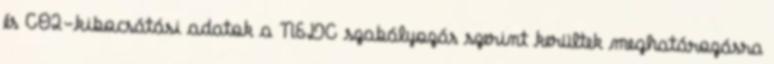
és CO2-kibocsátási adatok a NEDC szabályozás szerint kerültek meghatározásra